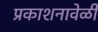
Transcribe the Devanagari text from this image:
प्रकाशनावेळी